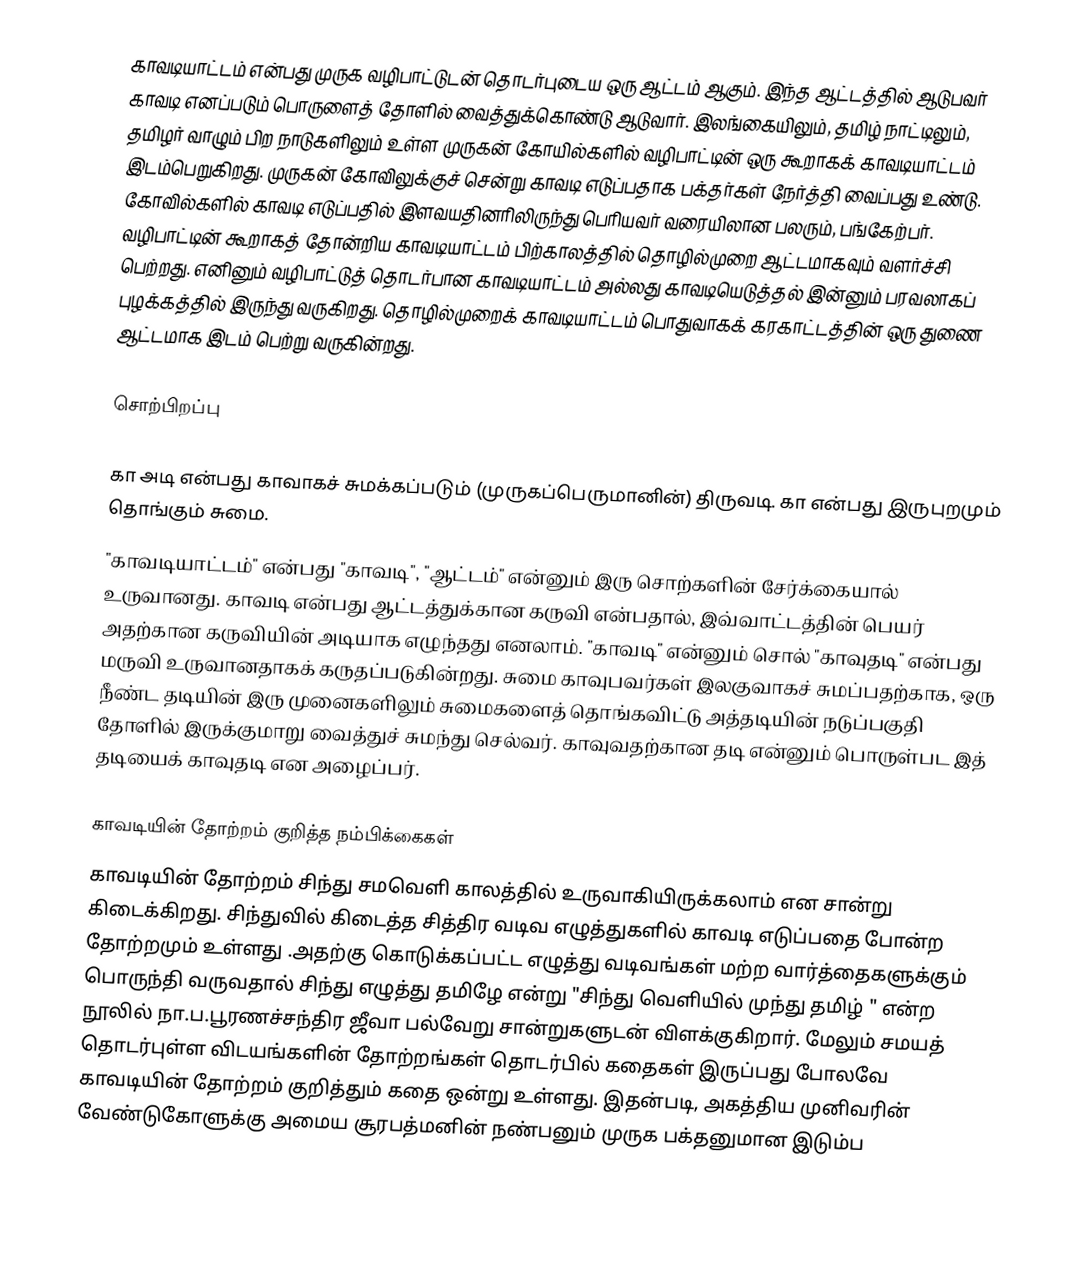
காவடியாட்டம் என்பது முருக வழிபாட்டுடன் தொடர்புடைய ஒரு ஆட்டம் ஆகும். இந்த ஆட்டத்தில் ஆடுபவர் காவடி எனப்படும் பொருளைத் தோளில் வைத்துக்கொண்டு ஆடுவார். இலங்கையிலும், தமிழ் நாட்டிலும், தமிழர் வாழும் பிற நாடுகளிலும் உள்ள முருகன் கோயில்களில் வழிபாட்டின் ஒரு கூறாகக் காவடியாட்டம் இடம்பெறுகிறது.  முருகன் கோவிலுக்குச் சென்று காவடி எடுப்பதாக பக்தர்கள் நேர்த்தி வைப்பது உண்டு. கோவில்களில் காவடி எடுப்பதில் இளவயதினரிலிருந்து பெரியவர் வரையிலான பலரும், பங்கேற்பர். வழிபாட்டின் கூறாகத் தோன்றிய காவடியாட்டம் பிற்காலத்தில் தொழில்முறை ஆட்டமாகவும் வளர்ச்சி பெற்றது. எனினும் வழிபாட்டுத் தொடர்பான காவடியாட்டம் அல்லது காவடியெடுத்தல் இன்னும் பரவலாகப் புழக்கத்தில் இருந்து வருகிறது. தொழில்முறைக் காவடியாட்டம் பொதுவாகக் கரகாட்டத்தின் ஒரு துணை ஆட்டமாக இடம் பெற்று வருகின்றது.

சொற்பிறப்பு

கா அடி என்பது காவாகச் சுமக்கப்படும் (முருகப்பெருமானின்) திருவடி. கா என்பது இருபுறமும் தொங்கும் சுமை.
"காவடியாட்டம்" என்பது "காவடி", "ஆட்டம்" என்னும் இரு சொற்களின் சேர்க்கையால் உருவானது. காவடி என்பது ஆட்டத்துக்கான கருவி என்பதால், இவ்வாட்டத்தின் பெயர் அதற்கான கருவியின் அடியாக எழுந்தது எனலாம். "காவடி" என்னும் சொல் "காவுதடி" என்பது மருவி உருவானதாகக் கருதப்படுகின்றது. சுமை காவுபவர்கள் இலகுவாகச் சுமப்பதற்காக, ஒரு நீண்ட தடியின் இரு முனைகளிலும் சுமைகளைத் தொங்கவிட்டு அத்தடியின் நடுப்பகுதி தோளில் இருக்குமாறு வைத்துச் சுமந்து செல்வர். காவுவதற்கான தடி என்னும் பொருள்பட இத் தடியைக் காவுதடி என அழைப்பர்.

காவடியின் தோற்றம் குறித்த நம்பிக்கைகள்
காவடியின் தோற்றம் சிந்து சமவெளி காலத்தில் உருவாகியிருக்கலாம் என சான்று கிடைக்கிறது. சிந்துவில் கிடைத்த சித்திர வடிவ எழுத்துகளில் காவடி எடுப்பதை போன்ற தோற்றமும் உள்ளது .அதற்கு கொடுக்கப்பட்ட எழுத்து வடிவங்கள் மற்ற வார்த்தைகளுக்கும் பொருந்தி வருவதால் சிந்து எழுத்து தமிழே என்று "சிந்து வெளியில் முந்து தமிழ் "  என்ற நூலில் நா.ப.பூரணச்சந்திர ஜீவா பல்வேறு சான்றுகளுடன் விளக்குகிறார்.   மேலும் சமயத் தொடர்புள்ள விடயங்களின் தோற்றங்கள் தொடர்பில் கதைகள் இருப்பது போலவே காவடியின் தோற்றம் குறித்தும் கதை ஒன்று உள்ளது. இதன்படி, அகத்திய முனிவரின் வேண்டுகோளுக்கு அமைய சூரபத்மனின் நண்பனும் முருக பக்தனுமான இடும்ப